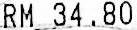
RM 34.80